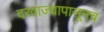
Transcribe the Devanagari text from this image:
दरवाज्यापासूनच